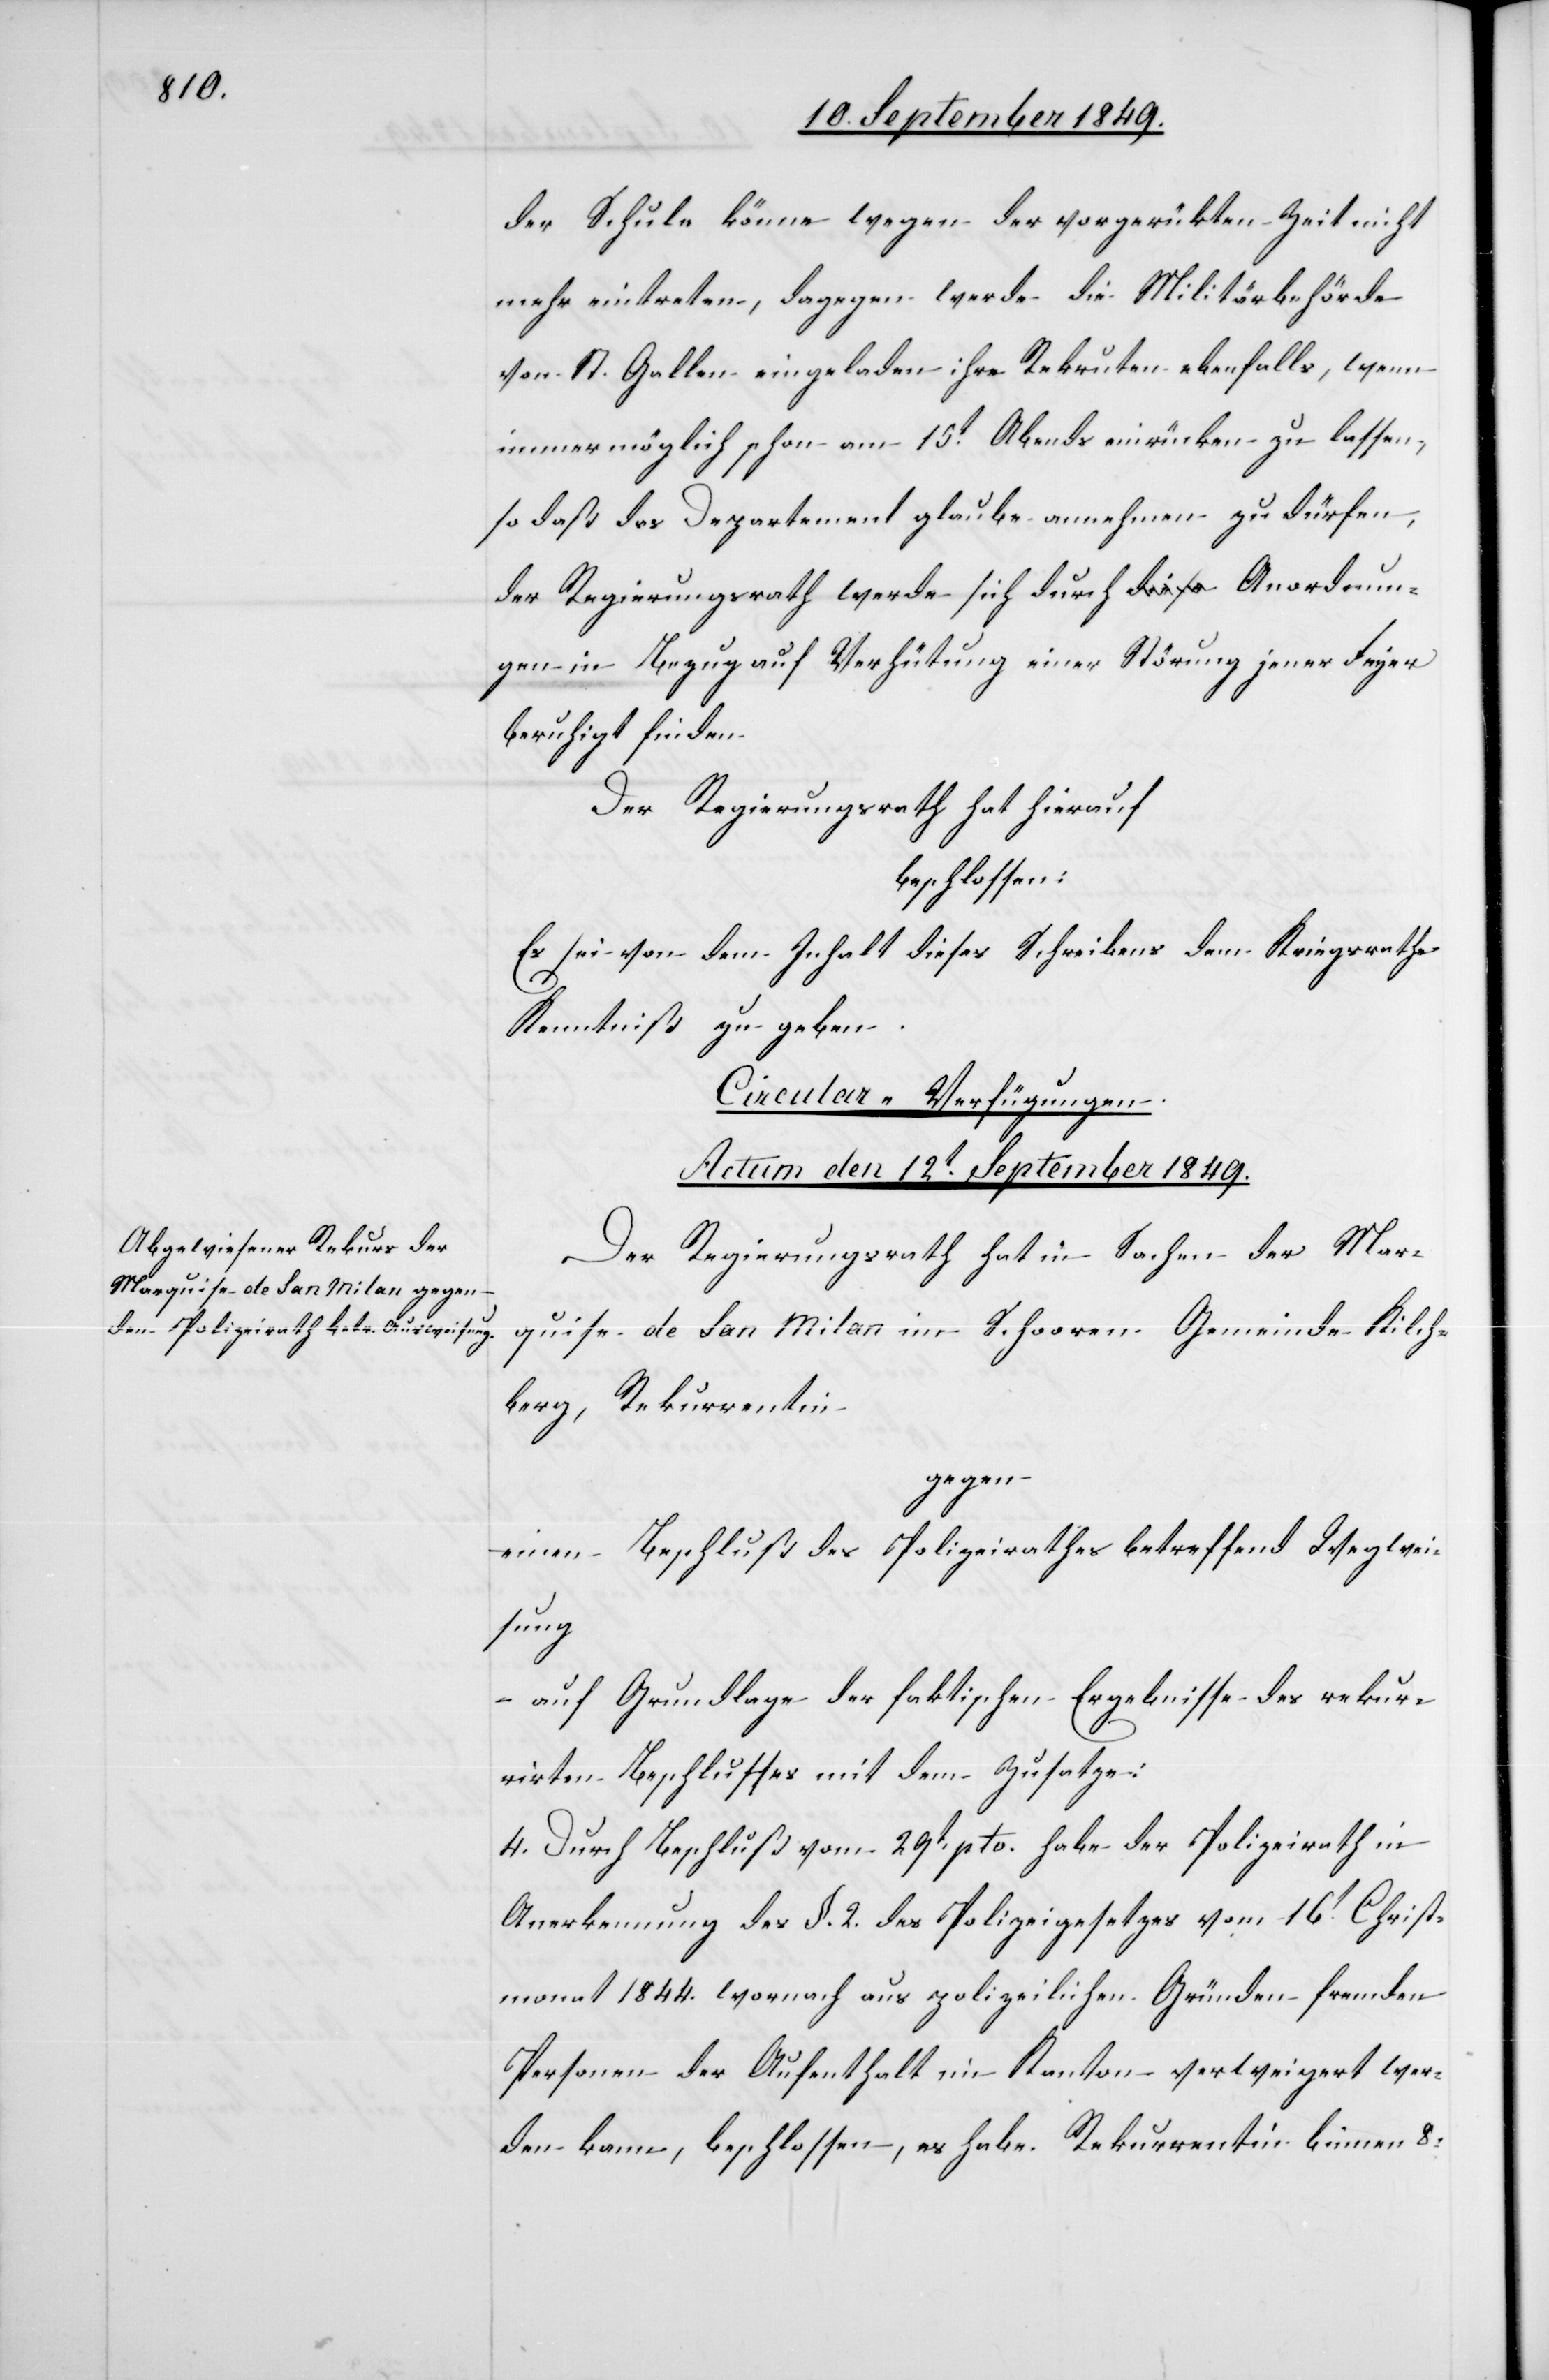
der Schule könne wegen der vorgerükten [sic!] Zeit
mehr eintreten, dagegen werde die Militärbehörde
von St. Gallen eingeladen ihre Rekruten ebenfalls zu
so daß das Departement glaube annehmen zu dürfen,
der Regierungsrath werde sich durch Anordnun¬
gen in Bezug auf Verhütung einer Störung jener Feyer
beruhigt finden.
Der Regierungsrath hat hierauf
beschlossen:
Es sei von dem Inhalt dieses Schreibens dem Kriegsrathe
Kenntniß zu geben.
Circular-Verfügungen.
Actum den 12t September 1849.
Der Regierungsrath hat in Sachen der Mar¬
quise de San Milan im Schooren Gemeinde Kilch¬
berg, Rekurrentin
gegen
einen Beschluß des Polizeirathes betreffend Wegwei¬
sung
– auf Grundlage der faktischen Ergebnisse des rekur¬
rirten Beschlusses mit dem Zusatze:
4. Durch Beschluß vom 29t pto. habe der Polizeirath in
Anerkennung des §. 2. des Polizeigesetzes vom 16t Christ¬
monat 1844. wornach aus polizeilichen Gründen fremden
Personen der Aufenthalt im Kanton verweigert wer¬
den kann, beschlossen, es habe Rekurrentin binnen 8.